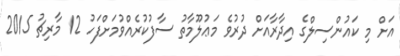
އަށް މި ކައުންސިލްގެ އިދާރާއަށް ދުރުވެ މަޢުލޫމާތު ސާފުކުރެއްވުމަށްފަހު 12 މާރިޗު 2015